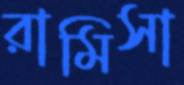
রামিসা